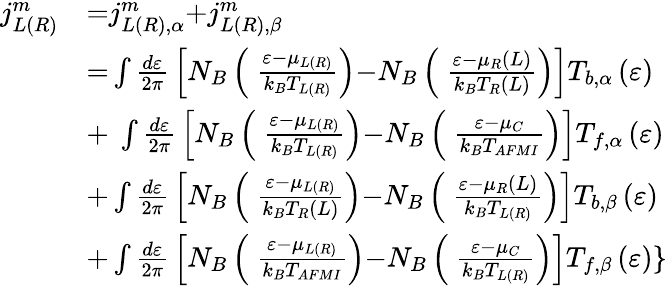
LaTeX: \begin{array}{ll}{{{j}}_{{L(R)}}^{{m}}}&{{=}{{j}}_{{L(R),}\alpha}^{{m}}{+}{{j}}_{{L(R),}\beta}^{{m}}}\\ &{{=}\int{\frac{d\varepsilon}{{2}\pi}}\left[N_{B}\left({\ }\frac{\varepsilon{-}{\mu}_{L(R)}}{k_{B}T_{L(R)}}\right){-}N_{B}\left({\ }\frac{\varepsilon{-}{\mu}_{R}(L)}{k_{B}T_{R}(L)}\right)\right]T_{b,\alpha}\left(\varepsilon\right)}\\ &{{+\ }\int{\frac{d\varepsilon}{{2}\pi}}\left[N_{B}\left({\ }\frac{\varepsilon{-}{\mu}_{L(R)}}{k_{B}T_{L(R)}}\right){-}N_{B}\left({\ }\frac{\varepsilon{-}{\mu}_{C}}{k_{B}T_{AFMI}}\right)\right]T_{f,\alpha}\left(\varepsilon\right)}\\ &{{+}\int{\frac{d\varepsilon}{{2}\pi}}\left[N_{B}\left({\ }\frac{\varepsilon{-}{\mu}_{L(R)}}{k_{B}T_{R}(L)}\right){-}N_{B}\left({\ }\frac{\varepsilon{-}{\mu}_{R}(L)}{k_{B}T_{L(R)}}\right)\right]T_{b,\beta}\left(\varepsilon\right)}\\ &{{+}\int{\frac{d\varepsilon}{{2}\pi}}\left[N_{B}\left({\ }\frac{\varepsilon{-}{\mu}_{L(R)}}{k_{B}T_{AFMI}}\right){-}N_{B}\left({\ }\frac{\varepsilon{-}{\mu}_{C}}{k_{B}T_{L(R)}}\right)\right]T_{f,\beta}\left(\varepsilon\right)\} }\end{array}